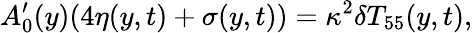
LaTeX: A_{0}^{\prime}(y)(4\eta(y,t)+\sigma(y,t))=\kappa^{2}\delta T_{55}(y,t),